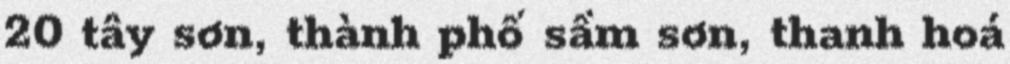
20 tây sơn, thành phố sầm sơn, thanh hoá